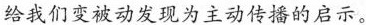
给我们变被动发现为主动传播的启示。